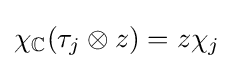
\chi _{\mathbb {C} }(\tau _{j}\otimes z)=z\chi _{j}